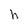
Character: h